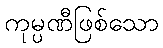
ကုမ္ပဏီဖြစ်သော